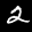
Label: 2